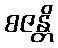
စဇန္တိ